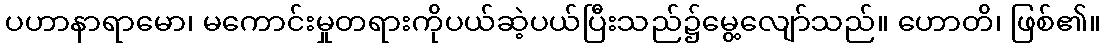
ပဟာနာရာမော၊ မကောင်းမှုတရားကိုပယ်ဆဲ့ပယ်ပြီးသည်၌မွေ့လျော်သည်။ ဟောတိ၊ ဖြစ်၏။